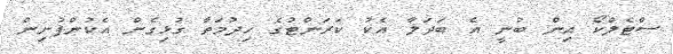
ސްޓެލްކޯ އިން ބުނީ އެ ބަދަލާ އެކު ކަރަންޓުގެ ހިދުމަތާ ގުޅިގެން އެކުންފުނިން